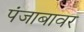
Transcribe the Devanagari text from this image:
पंजाबावर